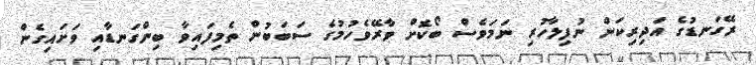
ރޭގަނޑުގެ އަދިރިކަން ނުފިލާހުރި ނަމަވެސް ބޯކޮށް ވާރޭވެހުމުގެ ސަބަބުން ތެމިފައިވާ ބިންގަނޑާއި ވަށައިގެން